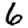
Digit: 6